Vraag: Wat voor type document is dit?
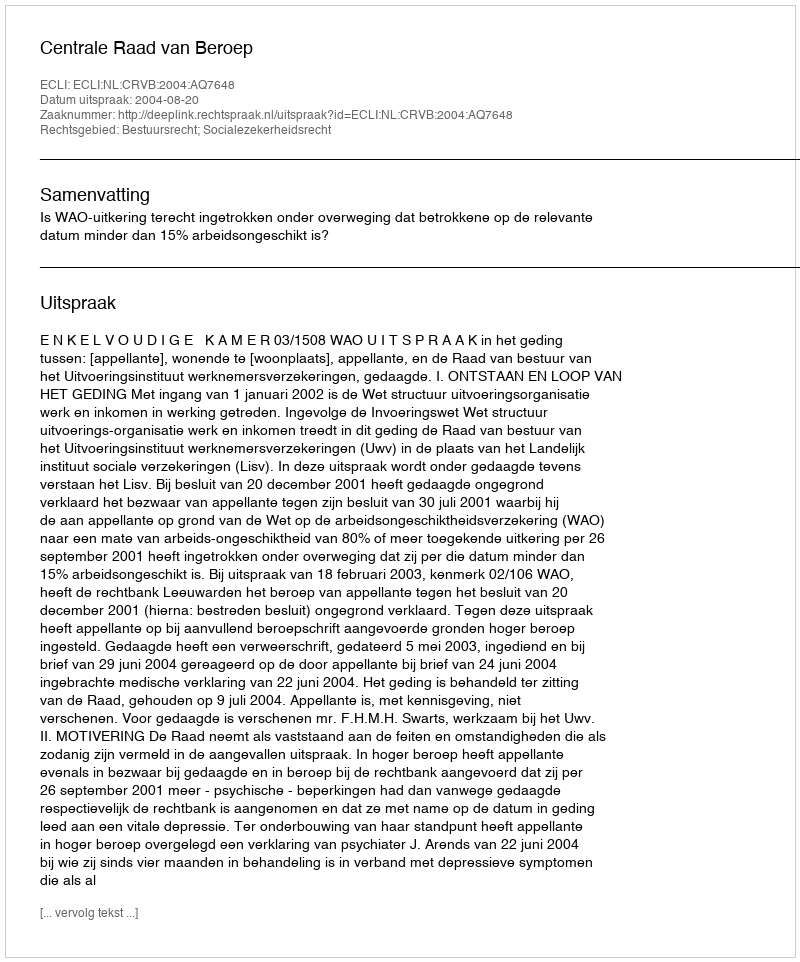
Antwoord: Uitspraak